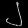
Digit: ၂